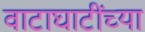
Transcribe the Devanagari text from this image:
वाटाघाटींच्या